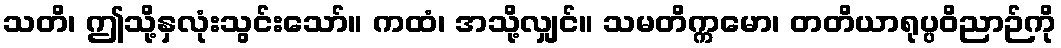
သတိ၊ ဤသို့နှလုံးသွင်းသော်။ ကထံ၊ အသို့လျှင်။ သမတိက္ကမော၊ တတိယာရုပ္ပဝိညာဉ်ကို